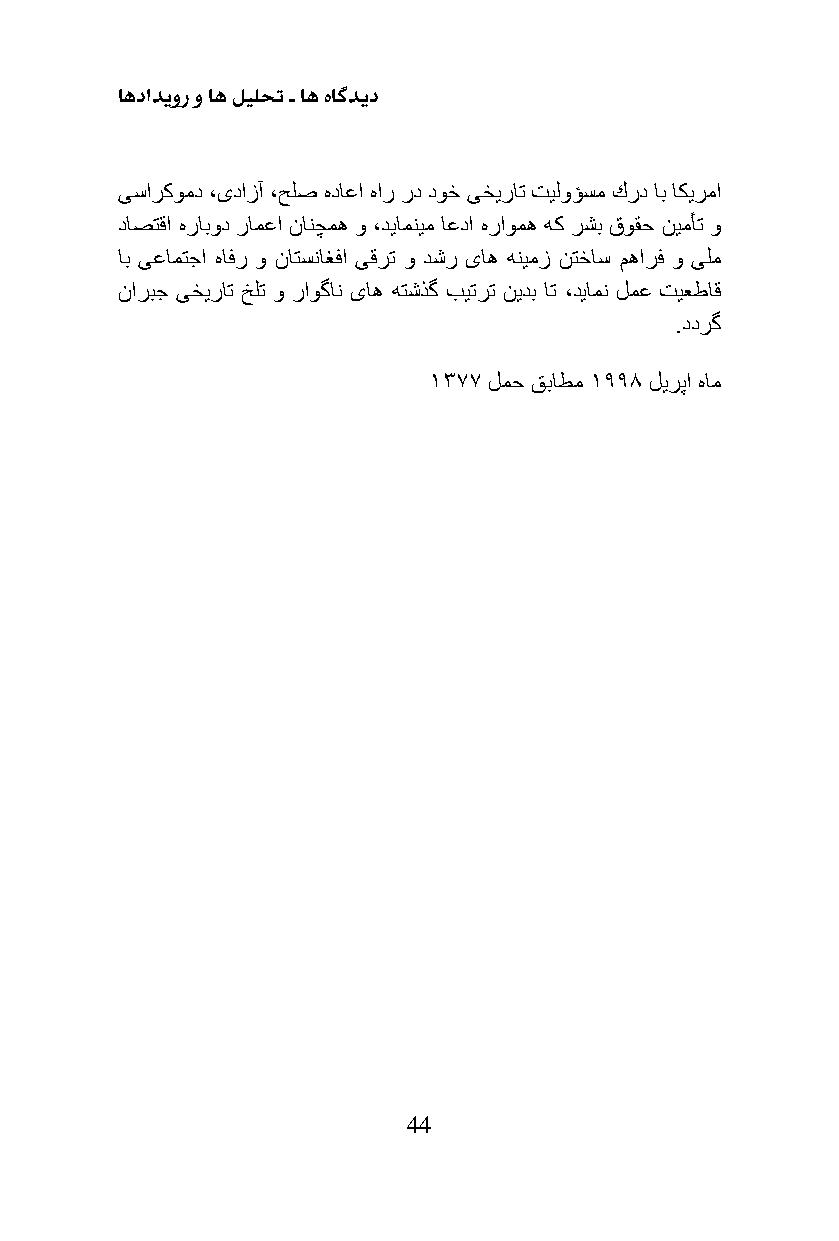
اهدادیور و اه لیلحت ـ اه هاگدید
 ىساركومد ،ىدازآ ،حلص هداعا هار رد دوخ ىخیرات تیلوؤسم كرد اب اكیرما
 داصتقا هرابود رامعا نانچمه و ،دیامنیم اعدا هراومه هك رشب قوقح نیمأت و
 اب ىعامتجا هافر و ناتسناغفا ىقرت و دشر ىاه هنیمز نتخاس مهارف و ىلم
 ناربج ىخیرات خلت و راوگان ىاه هتشذگ بیترت نیدب ات ،دیامن لمع تیعطاق
 .ددرگ
 1377 لمح قباطم 1998 لیرپا هام
 44